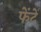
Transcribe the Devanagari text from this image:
फेंटें